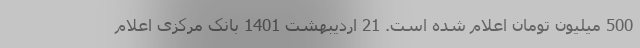
500 میلیون تومان اعلام شده است. 21 اردیبهشت 1401 بانک مرکزی اعلام